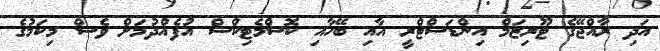
އަދި ރާއްޖޭގެ ޓޫރިޒަމް އިންޑަސްޓްރީ އާއި ބޭހާއި ކޮސްމެޓިކްސް އުފެއްދުމަށް ވެސް މިކަމުގެ